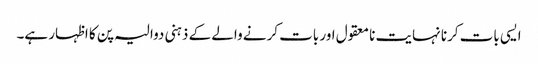
ایسی بات کرنا نہایت نا معقول اور بات کرنے والے کے ذہنی دوالیہ پن کا اظہار ہے۔